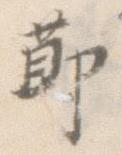
節